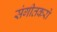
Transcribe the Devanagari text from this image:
संगीतकरों